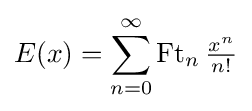
E(x)=\sum _{n=0}^{\infty }\operatorname {Ft} _{n}{\tfrac {x^{n}}{n!}}